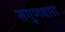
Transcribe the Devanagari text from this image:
सगुणधारा